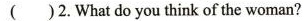
( )2.What do you think of the woman?